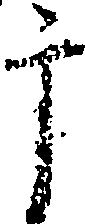
于